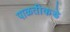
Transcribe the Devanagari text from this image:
पाळतीकडे